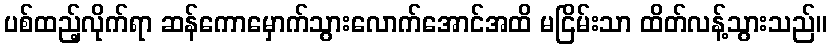
ပစ်ထည့်လိုက်ရာ ဆန်ကောမှောက်သွားလောက်အောင်အထိ မငြိမ်းသာ ထိတ်လန့်သွားသည်။